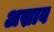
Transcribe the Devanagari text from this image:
अस्राव